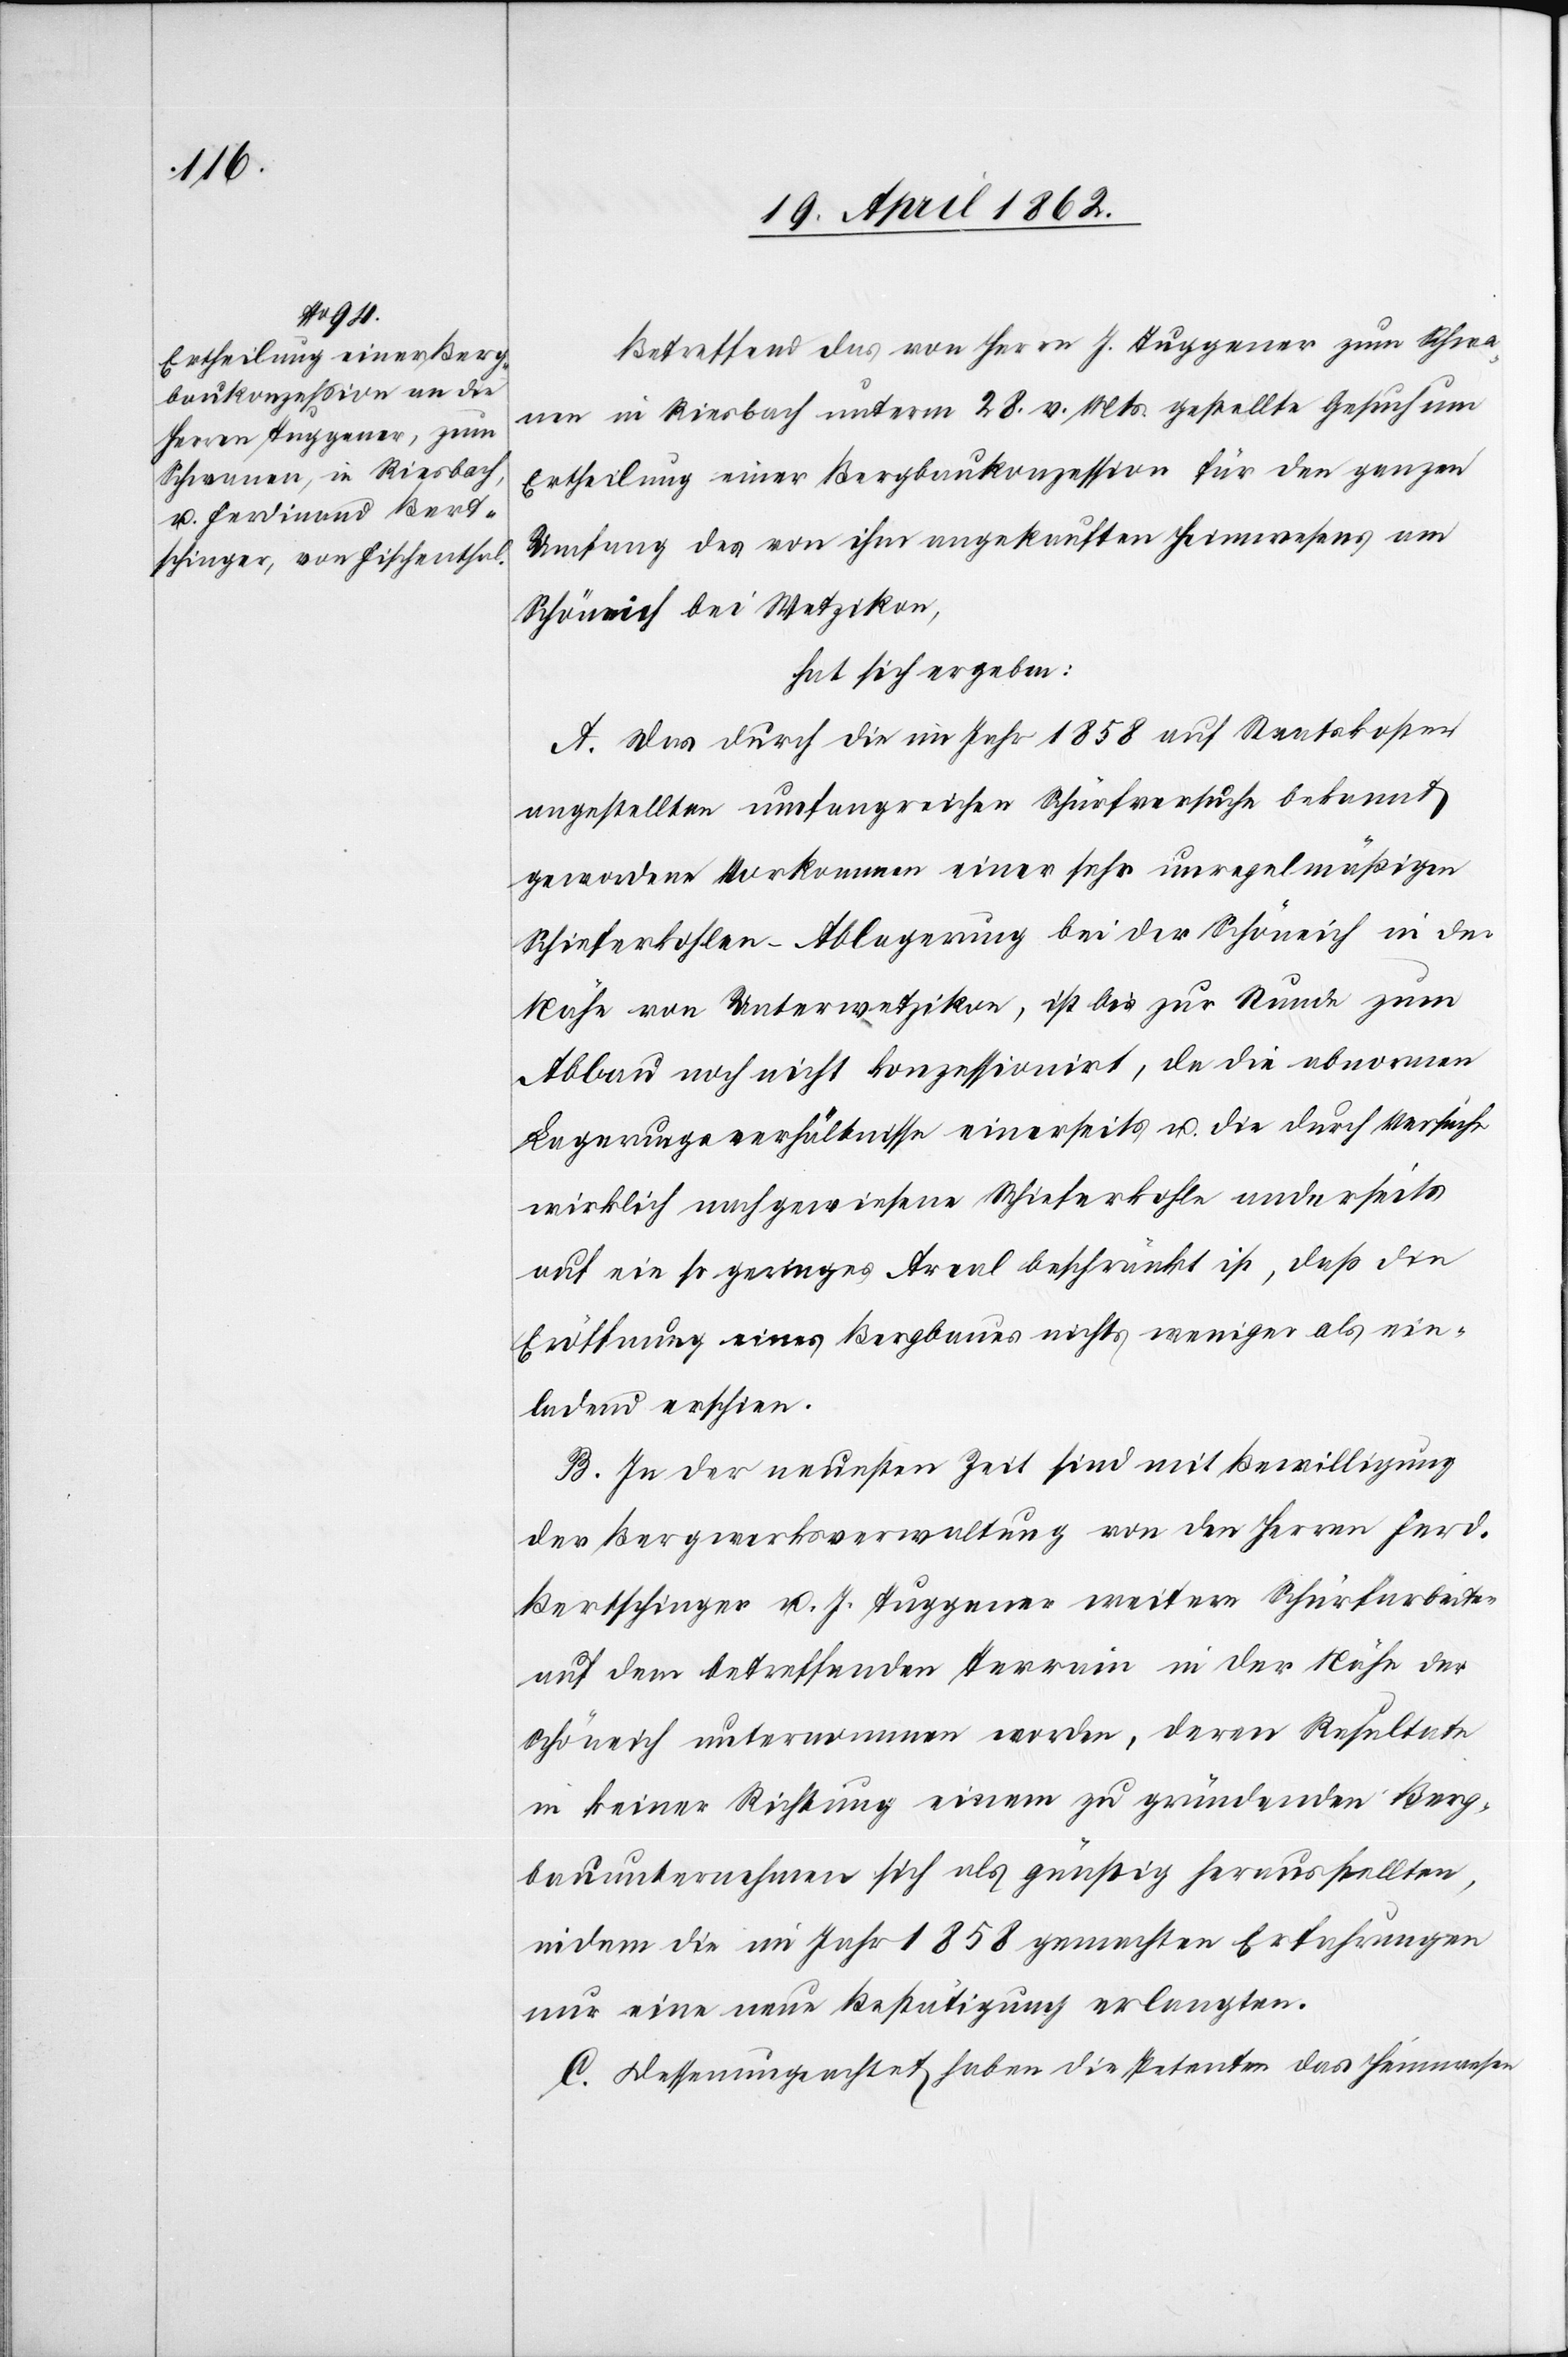
Betreffend das von Herrn J. Tuggener zum Schwa¬
nen in Riesbach unterm 28. v. Mts. gestellte Gesuch um
Ertheilung einer Bergbaukonzession für den ganzen
Umfang des von ihm angekauften Heimwesens am
Schöneich bei Wetzikon,
hat sich ergeben:
A. Das durch die im Jahr 1858 auf Staatskosten
angestellten umfangreichen Schürfversuche bekannt
gewordene Vorkommen einer sehr unregelmäßigen
Schieferkohlen-Ablagerung bei der Schöneich in der
Nähe von Unterwetzikon, ist bis zur Stunde zum
Abbau noch nicht konzessionirt, da die abnormen
Lagerungsverhältnisse einerseits u. die durch Versuche
wirklich nachgewiesene Schieferkohle anderseits
auf ein so geringes Areal beschränkt ist, daß die
Eröffnung eines Bergbaues nichts weniger als ein¬
ladend erschien.
B. In der neuesten Zeit sind mit Bewilligung
der Bergwerksverwaltung von den Herren Ferd.
Bertschinger u. J. Tuggener weitere Schürfarbeiten
auf dem betreffenden Terrain in der Nähe der
Schöneich unternommen worden, deren Resultate
in keiner Richtung einem zu gründenden Berg¬
bauunternehmen sich als günstig herausstellten,
indem die im Jahr 1858 gemachten Erfahrungen
nur eine neue Bestätigung erlangten.
C. Dessenungeachtet haben die Petenten das Heimwesen